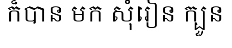
ក៏បាន មក សុំរៀន ក្បួន